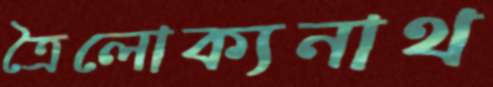
ত্রৈলোক্যনাথ